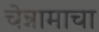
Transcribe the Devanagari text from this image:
चेन्नामाचा